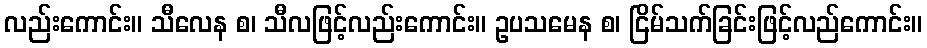
လည်းကောင်း။ သီလေန စ၊ သီလဖြင့်လည်းကောင်း။ ဥပသမေန စ၊ ငြိမ်သက်ခြင်းဖြင့်လည်ကောင်း။